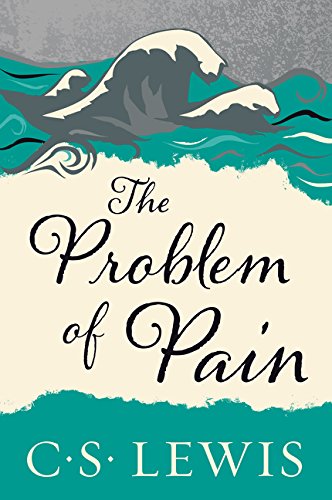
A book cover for The Problem of Pain; C. S. Lewis; Christian Books & Bibles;